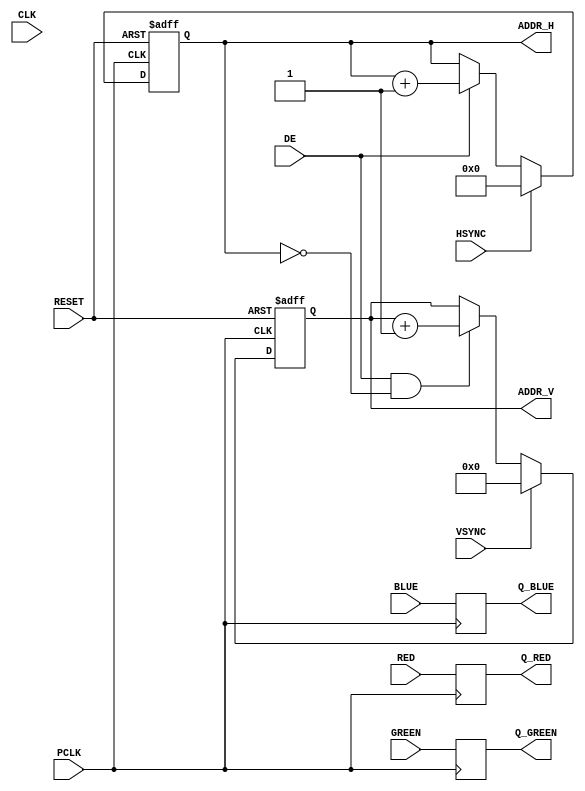
//=======================================================
//  Name:    24B PRGB DPI Recevier
//   
//  Input:   24-bit Parallel RGB
//  Output:  synchronized RGB-data, vertical and horizontal pixel-address
//
//  Version: v1.0
//  Updated: 20171003
//  History Release:
//  20180519 - registered outputs
//
//=======================================================


module dpi_recevier
#(
parameter INPUT_RESOLUTION_H = 640,
parameter INPUT_RESOLUTION_V = 480,
parameter WHOLE_LINE = 800,
parameter WHOLE_FRAME = 525,
parameter BACK_PORCH_V = 33,
parameter BACK_PORCH_H = 48,
parameter FRONT_PORCH_V = 16,
parameter FRONT_PORCH_H = 10
)

(
input CLK,
input RESET,

input [7:0] RED, GREEN, BLUE,
input HSYNC, VSYNC,
input DE,
input PCLK,

output [10:0] ADDR_H,
output [ 9:0] ADDR_V,
output [ 7:0] Q_RED, Q_GREEN, Q_BLUE

);

reg [10:0]cnt_h;
reg [9:0] cnt_v;
reg [7:0] reg_red, reg_green, reg_blue;

//wire is_x1 = (cnt_h == 1);
wire is_x0 = (cnt_h == 11'd0);

// count the incoming pixel data
always @ (posedge PCLK or posedge RESET)
 if (RESET)
  begin
    cnt_h <= 0; cnt_v <= 0;
  end
  else
   begin

    if (HSYNC)    cnt_h <= 0;
	  else if (DE) cnt_h++;
	  
    if (VSYNC)               cnt_v <= 0;
	  else if ( DE && is_x0 ) cnt_v++;
	   
   end

	
// delay and sync line for RGB
always @ (posedge PCLK)
 begin
   reg_red   <= RED;
   reg_green <= GREEN;
	reg_blue  <= BLUE;
 end
	

assign ADDR_H = cnt_h; 
assign ADDR_V = cnt_v; 
assign Q_RED  = reg_red, Q_GREEN = reg_green, Q_BLUE = reg_blue;


endmodule